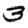
Digit: 3